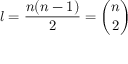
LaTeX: l = { \frac { n ( n - 1 ) } { 2 } } = { \binom { n } { 2 } }